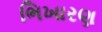
ભિખારણ